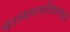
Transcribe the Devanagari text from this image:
काव्यसादरीकरणाने